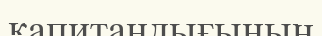
капитандығының